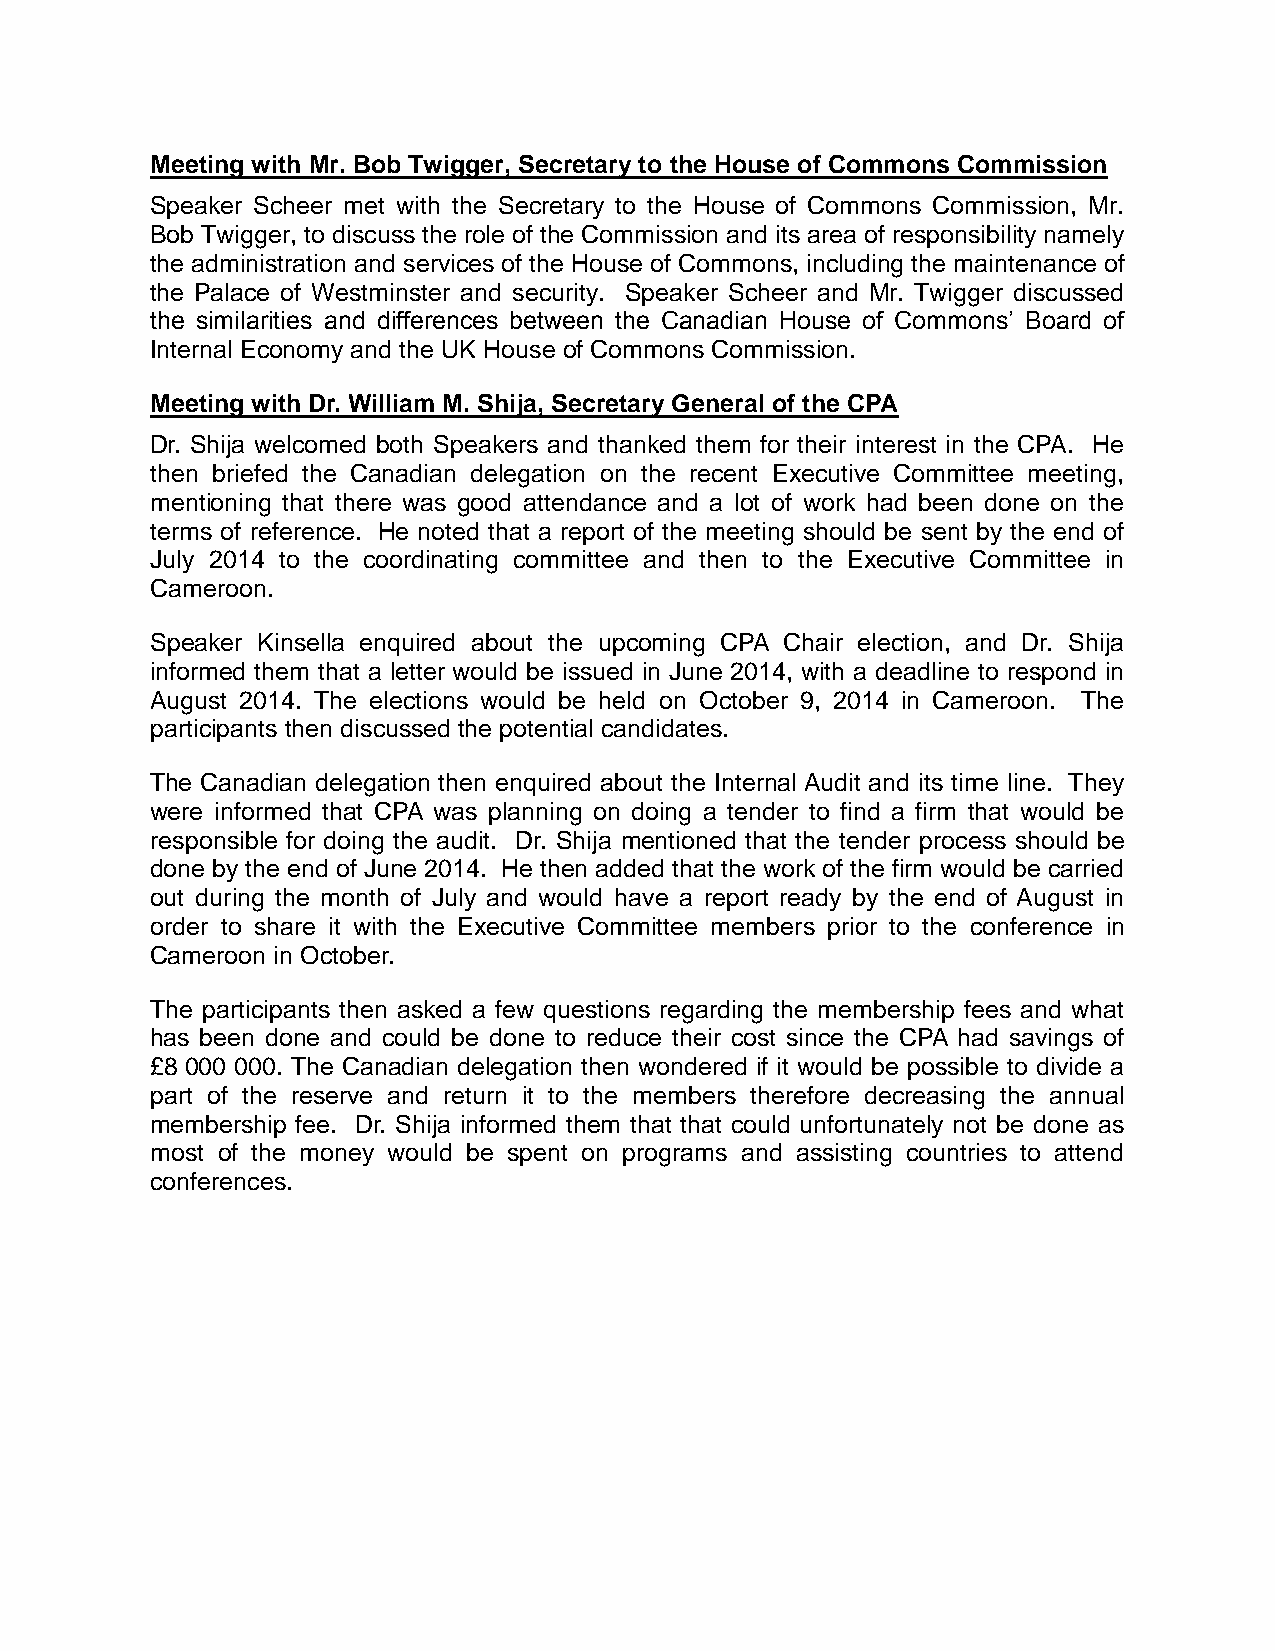
Meeting with Mr. Bob Twigger, Secretary to the House of Commons Commission
 Speaker Scheer met with the Secretary to the House of Commons Commission, Mr.
 Bob Twigger, to discuss the role of the Commission and its area of responsibility namely
 the administration and services of the House of Commons, including the maintenance of
 the Palace of Westminster and security. Speaker Scheer and Mr. Twigger discussed
 the similarities and differences between the Canadian House of Commons’ Board of
 Internal Economy and the UK House of Commons Commission.
 Meeting with Dr. William M. Shija, Secretary General of the CPA
 Dr. Shija welcomed both Speakers and thanked them for their interest in the CPA. He
 then briefed the Canadian delegation on the recent Executive Committee meeting,
 mentioning that there was good attendance and a lot of work had been done on the
 terms of reference. He noted that a report of the meeting should be sent by the end of
 July 2014 to the coordinating committee and then to the Executive Committee in
 Cameroon.
 Speaker Kinsella enquired about the upcoming CPA Chair election, and Dr. Shija
 informed them that a letter would be issued in June 2014, with a deadline to respond in
 August 2014. The elections would be held on October 9, 2014 in Cameroon. The
 participants then discussed the potential candidates.
 The Canadian delegation then enquired about the Internal Audit and its time line. They
 were informed that CPA was planning on doing a tender to find a firm that would be
 responsible for doing the audit. Dr. Shija mentioned that the tender process should be
 done by the end of June 2014. He then added that the work of the firm would be carried
 out during the month of July and would have a report ready by the end of August in
 order to share it with the Executive Committee members prior to the conference in
 Cameroon in October.
 The participants then asked a few questions regarding the membership fees and what
 has been done and could be done to reduce their cost since the CPA had savings of
 £8 000 000. The Canadian delegation then wondered if it would be possible to divide a
 part of the reserve and return it to the members therefore decreasing the annual
 membership fee. Dr. Shija informed them that that could unfortunately not be done as
 most of the money would be spent on programs and assisting countries to attend
 conferences.